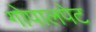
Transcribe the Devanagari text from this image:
गोपालपेट